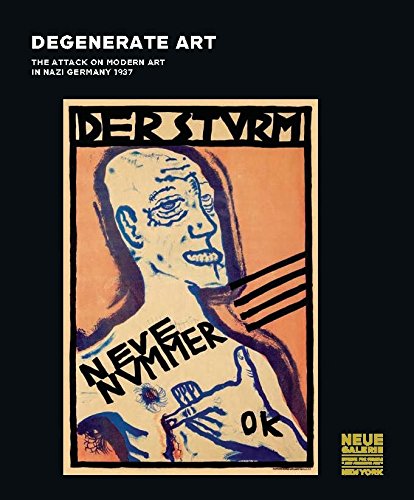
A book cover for Degenerate Art: The Attack on Modern Art in Nazi Germany 1937; Arts & Photography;